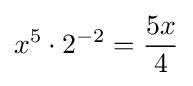
x^{5}\cdot 2^{-2}={\frac {5x}{4}}